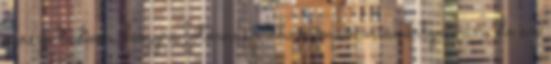
persze tudom, hogy a fotómasinában memóriakártya van, de az